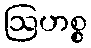
ဩဟစ္စ